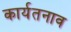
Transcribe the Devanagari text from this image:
कार्यतनाव